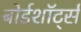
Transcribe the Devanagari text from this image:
बोर्डशॉर्ट्स